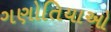
ગણોતિયાઓ